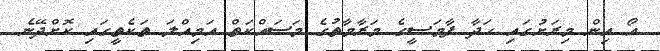
އޯ އިން މިރަށުގައި ހަދާ ފާމަސީގެ މަރާމާތުގެ މަސައްކަތް އަމިއްލަ ތަކެތީގައި ކޮށްދޭނެ